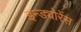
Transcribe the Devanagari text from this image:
इन्ड्योरेंस